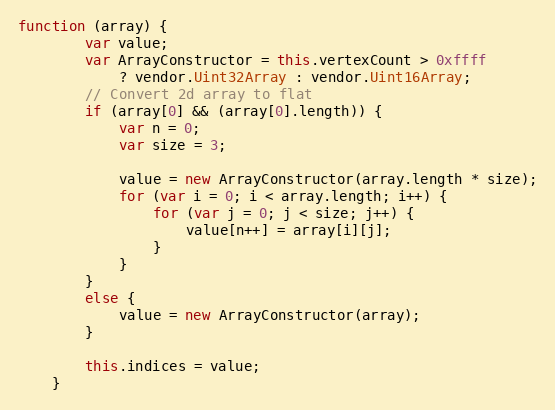
Language: JavaScript
function (array) {
        var value;
        var ArrayConstructor = this.vertexCount > 0xffff
            ? vendor.Uint32Array : vendor.Uint16Array;
        // Convert 2d array to flat
        if (array[0] && (array[0].length)) {
            var n = 0;
            var size = 3;

            value = new ArrayConstructor(array.length * size);
            for (var i = 0; i < array.length; i++) {
                for (var j = 0; j < size; j++) {
                    value[n++] = array[i][j];
                }
            }
        }
        else {
            value = new ArrayConstructor(array);
        }

        this.indices = value;
    }